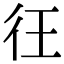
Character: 彺